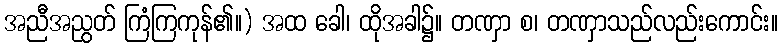
အညီအညွတ် ကြံကြကုန်၏။) အထ ခေါ၊ ထိုအခါ၌။ တဏှာ စ၊ တဏှာသည်လည်းကောင်း။